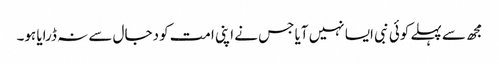
مجھ سے پہلے کوئی نبی ایسا نہیں آیا جس نے اپنی امت کو دجال سے نہ ڈرایا ہو۔